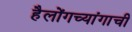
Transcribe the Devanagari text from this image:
हैलोंगच्यांगाची